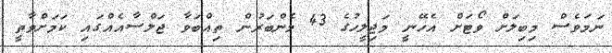
ނަމަވެސް މިބިލަށް ވޯޓަށް އެހޭނީ މަޖިލީހުގެ 43 މެންބަރުން ތިއްބަވާ ޖަލްސާއެއްގައި ކަމަށްވާތީ